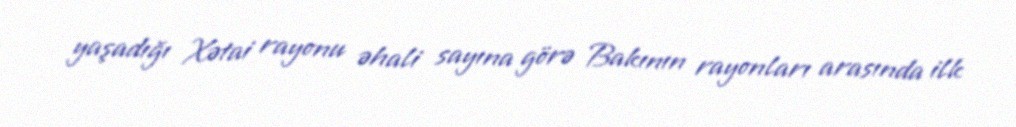
yaşadığı Xətai rayonu əhali sayına görə Bakının rayonları arasında ilk